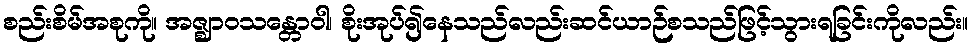
စည်းစိမ်အစုကို။ အဇ္ဈာဝသန္တောဝါ၊ စိုးအုပ်၍နေသည်လည်းဆင်ယာဉ်စသည်ဖြင့်သွားရခြင်းကိုလည်း။